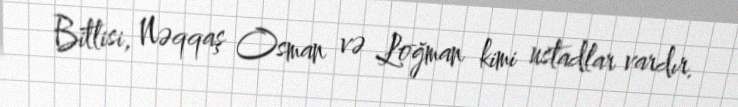
Bitlisi, Nəqqaş Osman və Loğman kimi ustadlar vardır.